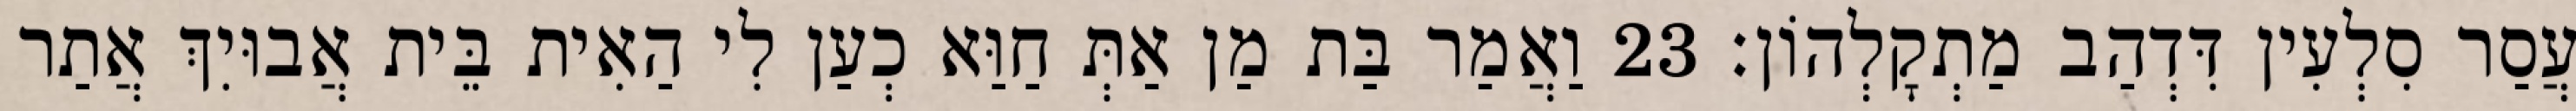
עֲסַר סִלְעִין דִּדְהַב מַתְקָלְהוֹן׃ 23 וַאֲמַר בַּת מַן אַתְּ חַוַּא כְעַן לִי הַאִית בֵּית אֲבוּיִךְ אֲתַר